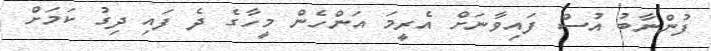
ފުންނާބު އުސް ފައިވާނަށް އެރީމަ އަންހެން މީހާގެ ދެ ފައި ދިގު ކަމަށް